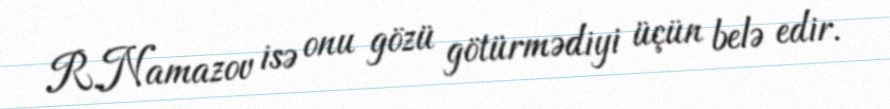
R.Namazov isə onu gözü götürmədiyi üçün belə edir.